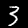
Label: 3